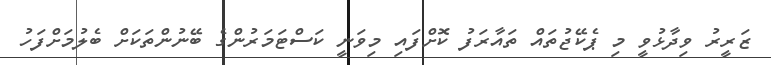
ޒަރީރު ވިދާޅުވީ މި ޕެކޭޖުތައް ތައާރަފު ކޮށްފައި މިވަނީ ކަސްޓަމަރުންގެ ބޭނުންތަކަށް ބެލުމަށްފަހު